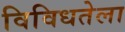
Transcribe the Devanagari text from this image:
विविधतेला